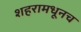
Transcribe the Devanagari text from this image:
शहरामधूनच